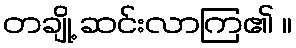
တချို့ ဆင်းလာကြ၏ ။